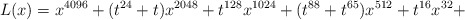
\begin{align*}L(x)=x^{4096} + (t^{24} + t)x^{2048} + t^{128}x^{1024} + (t^{88} + t^{65})x^{512} + t^{16}x^{32} +\end{align*}